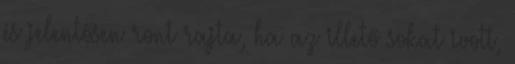
és jelentősen ront rajta, ha az illető sokat ivott,